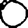
Digit: 0